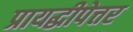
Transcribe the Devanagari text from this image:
प्रायद्धीपेत्तर